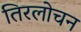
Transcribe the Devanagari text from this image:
तिरलोचन